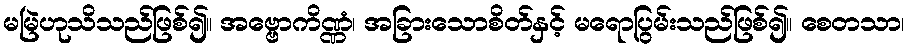
မမြဲဟုသိသည်ဖြစ်၍။ အဗ္ဗောကိဏ္ဏံ၊ အခြားသောစိတ်နှင့် မရောပြွမ်းသည်ဖြစ်၍။ စေတသာ၊